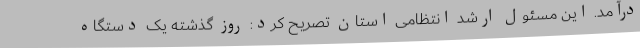
درآمد. این مسئول ارشد انتظامی استان تصریح کرد: روز گذشته یک دستگاه